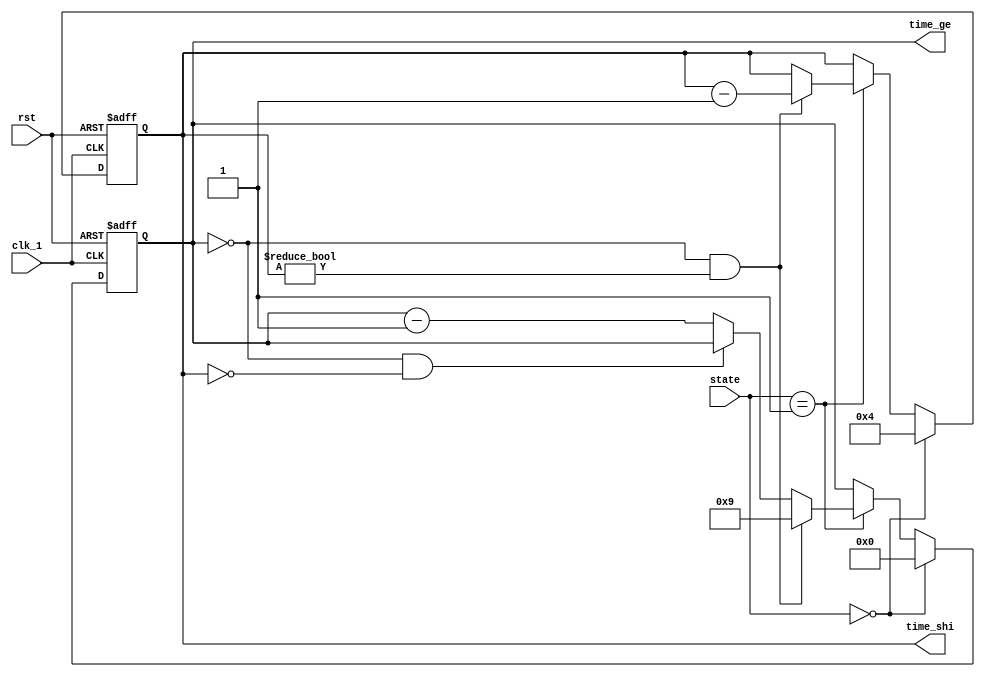
module timer(clk_1,state,rst,time_shi,time_ge);//
input clk_1,rst;
input [1:0] state;
output reg [3:0] time_shi,time_ge;

always@(posedge clk_1 or posedge rst)
begin
	if(rst)                              //40s
	begin
		time_shi<=4'b0100;
		time_ge<=4'b0000;
	end
	else if(state==2'b00)                //40
	begin
		time_shi<=4'b0100;
		time_ge<=4'b0000;
	end
	else if(state==2'b01)					 //
	begin
		if(time_ge==0&&time_shi!=0)
		begin
			time_ge<=4'b1001;
			time_shi<=time_shi-1;
		end
		else if(time_ge==0&&time_shi==0)  //00
		begin
			time_ge<=time_ge;
			time_shi<=time_shi;
		end
		else time_ge<=time_ge-1;
	end
	else begin									 //
		time_ge<=time_ge;
		time_shi<=time_shi;
	end
end

endmodule